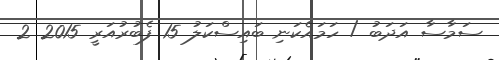
ސަމާސާ އަދަބު / ހަމައެކަނި ބައިސްކަލު 15 ފެބުރުއަރީ 2015 2